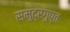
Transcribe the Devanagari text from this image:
समुद्रगुप्तः